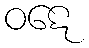
ဝဋေ